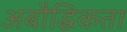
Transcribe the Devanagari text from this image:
अबौद्धिकता